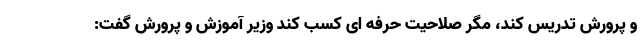
و پرورش تدریس کند، مگر صلاحیت حرفه ای کسب کند وزیر آموزش و پرورش گفت: